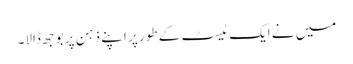
میں نے ایک ٹیسٹ کے طور پر اپنے ذہن پر بوجھ ڈالا۔